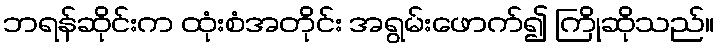
ဘရန်ဆိုင်းက ထုံးစံအတိုင်း အရွမ်းဖောက်၍ ကြိုဆိုသည်။